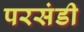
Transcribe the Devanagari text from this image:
परसंडी